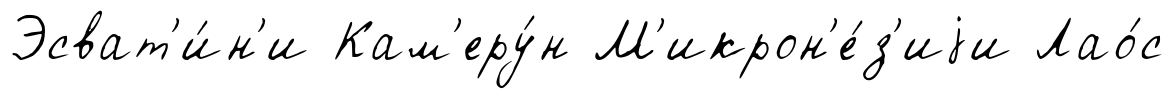
Эсват'и́н'и Кам'еру́н М'икрон'е́з'иjи Лао́с